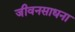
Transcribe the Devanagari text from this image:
जीवनसाधना